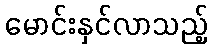
မောင်းနှင်လာသည့်